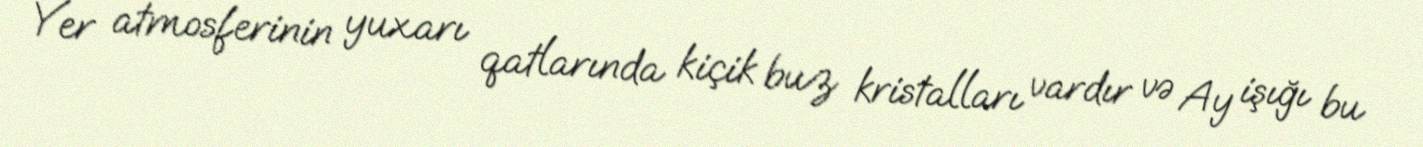
Yer atmosferinin yuxarı qatlarında kiçik buz kristalları vardır və Ay işığı bu